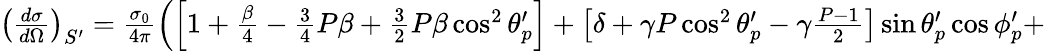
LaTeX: \begin{array}{rlr}{\left(\frac{d\sigma}{d\Omega}\right)_{S^{\prime}}=\frac{\sigma_{0}}{4\pi}\left(\left[1+\frac{\beta}{4}-\frac{3}{4}P\beta+\frac{3}{2}P\beta\cos^{2}\theta_{p}^{\prime}\right]+\left[\delta+\gamma P\cos^{2}\theta_{p}^{\prime}-\gamma\frac{P-1}{2}\right]\sin\theta_{p}^{\prime}\cos\phi_{p}^{\prime}+\right.}\end{array}